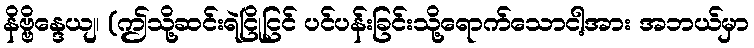
နိဗ္ဗိန္ဒေယျ၊ (ဤသို့ဆင်းရဲငြိုငြင် ပင်ပန်းခြင်းသို့ရောက်သောငါ့အား အဘယ်မှာ